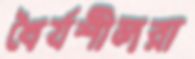
ধৈর্যশীলরা